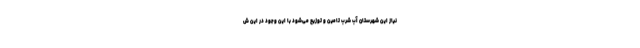
نیاز این شهرستان آب شرب تامین و توزیع می‌شود با این وجود در این ش